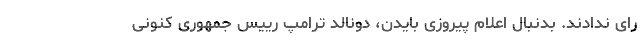
رای ندادند. بدنبال اعلام پیروزی بایدن، دونالد ترامپ رییس جمهوری کنونی